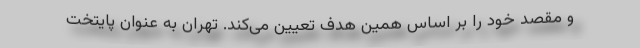
و مقصد خود را بر اساس همین هدف تعیین می‌کند. تهران به عنوان پایتخت